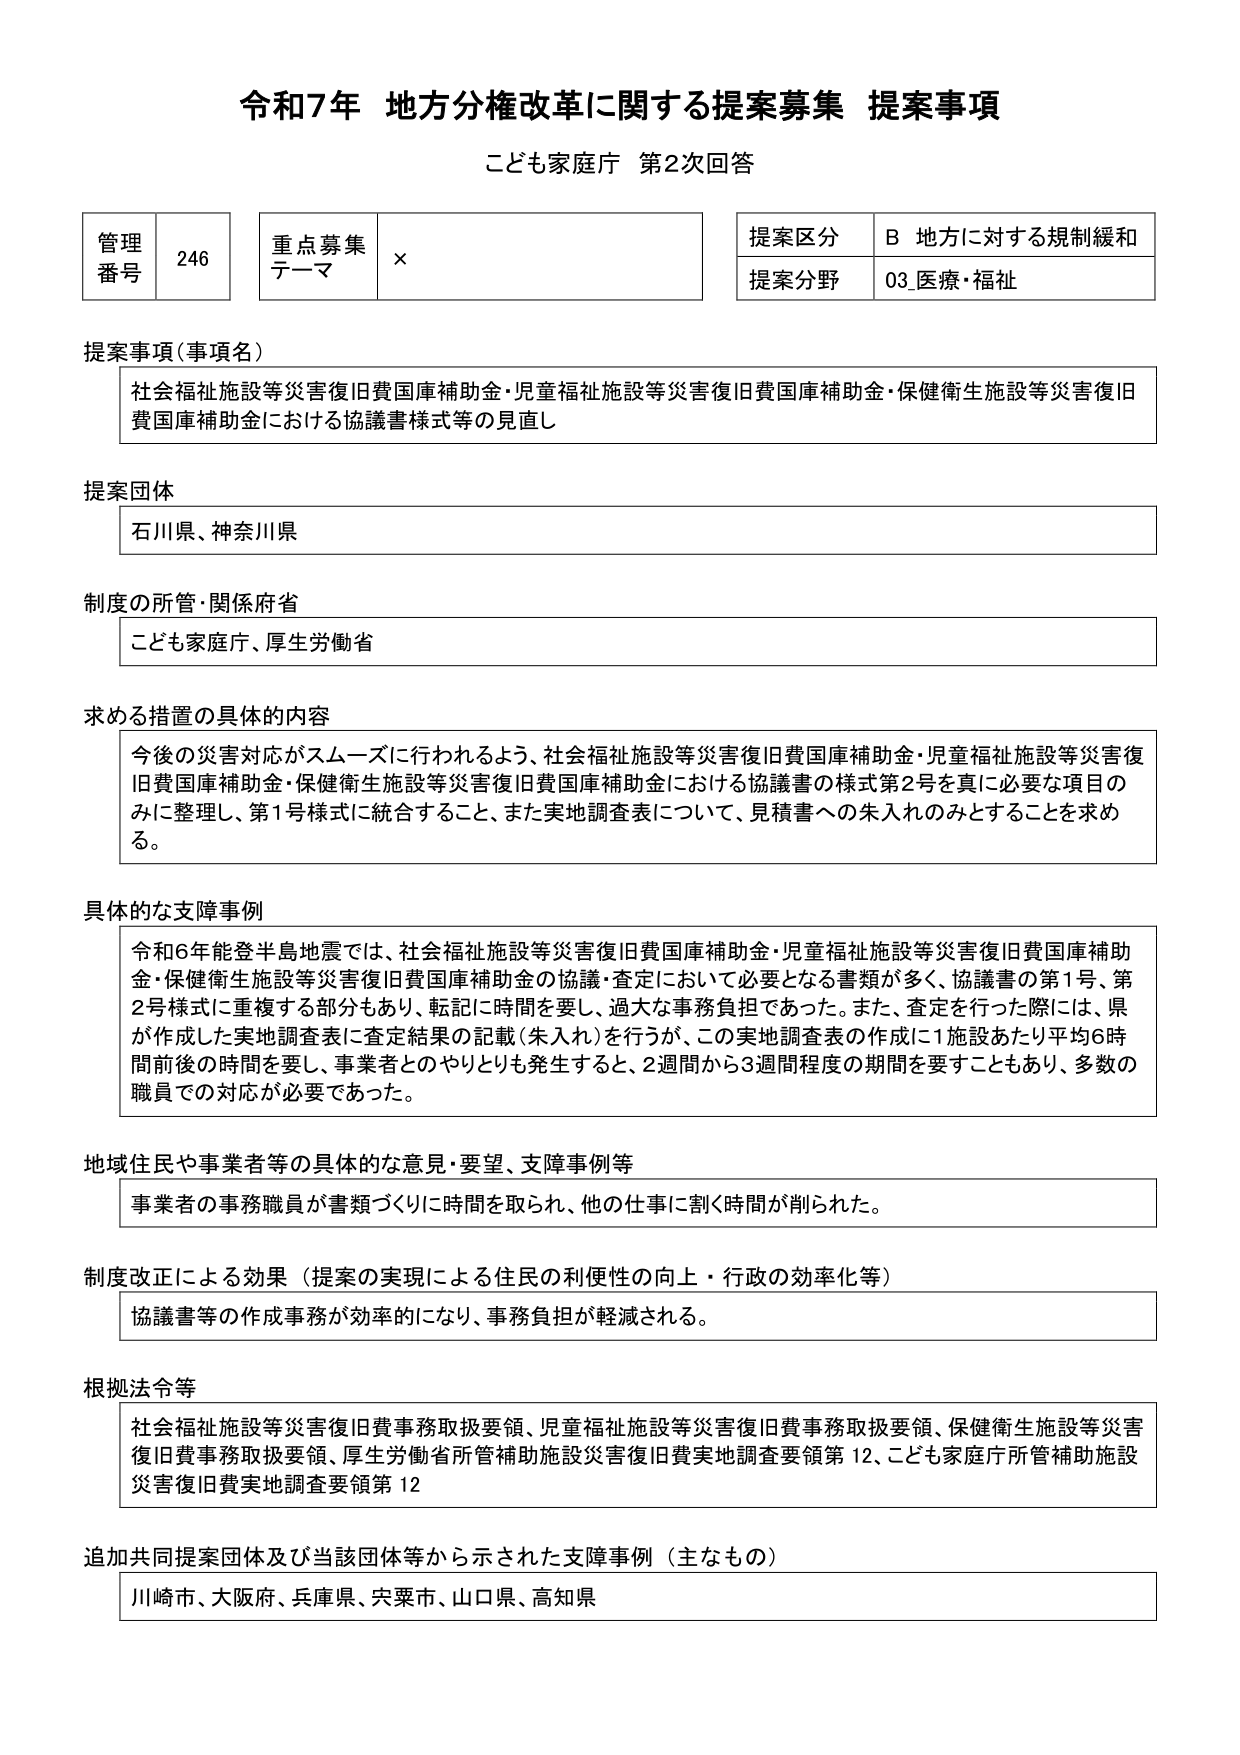
令和7年 地方分権改革に関する提案募集 提案事項
こども家庭庁 第2次回答

管理番号 246
重点募集テーマ ×
提案区分 B 地方に対する規制緩和
提案分野 03_医療・福祉

提案事項（事項名）
社会福祉施設等災害復旧費国庫補助金・児童福祉施設等災害復旧費国庫補助金・保健衛生施設等災害復旧費国庫補助金における協議書様式等の見直し

提案団体
石川県、神奈川県

制度の所管・関係府省
こども家庭庁、厚生労働省

求める措置の具体的内容
今後の災害対応がスムーズに行われるよう、社会福祉施設等災害復旧費国庫補助金・児童福祉施設等災害復旧費国庫補助金・保健衛生施設等災害復旧費国庫補助金における協議書の様式第2号を真に必要な項目のみに整理し、第1号様式に統合すること、また実地調査表について、見積書への朱入れのみとすることを求める。

具体的な支障事例
令和6年能登半島地震では、社会福祉施設等災害復旧費国庫補助金・児童福祉施設等災害復旧費国庫補助金・保健衛生施設等災害復旧費国庫補助金の協議・査定において必要となる書類が多く、協議書の第1号、第2号様式に重複する部分もあり、転記に時間を要し、過大な事務負担であった。また、査定を行った際には、県が作成した実地調査表に査定結果の記載（朱入れ）を行うが、この実地調査表の作成に1施設あたり平均6時間前後の時間を要し、事業者とのやりとりも発生すると、2週間から3週間程度の期間を要することもあり、多数の職員での対応が必要であった。

地域住民や事業者等の具体的な意見・要望、支障事例等
事業者の事務職員が書類づくりに時間を取られ、他の仕事に割く時間が削られた。

制度改正による効果（提案の実現による住民の利便性の向上・行政の効率化等）
協議書等の作成事務が効率的になり、事務負担が軽減される。

根拠法令等
社会福祉施設等災害復旧費事務取扱要領、児童福祉施設等災害復旧費事務取扱要領、保健衛生施設等災害復旧費事務取扱要領、厚生労働省所管補助施設災害復旧費実地調査要領第12、こども家庭庁所管補助施設災害復旧費実地調査要領第12

追加共同提案団体及び当該団体等から示された支障事例（主なもの）
川崎市、大阪府、兵庫県、宍粟市、山口県、高知県